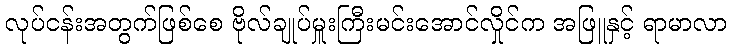
လုပ်ငန်းအတွက်ဖြစ်စေ ဗိုလ်ချုပ်မှူးကြီးမင်းအောင်လှိုင်က အဖြူနှင့် ရာမာလာ